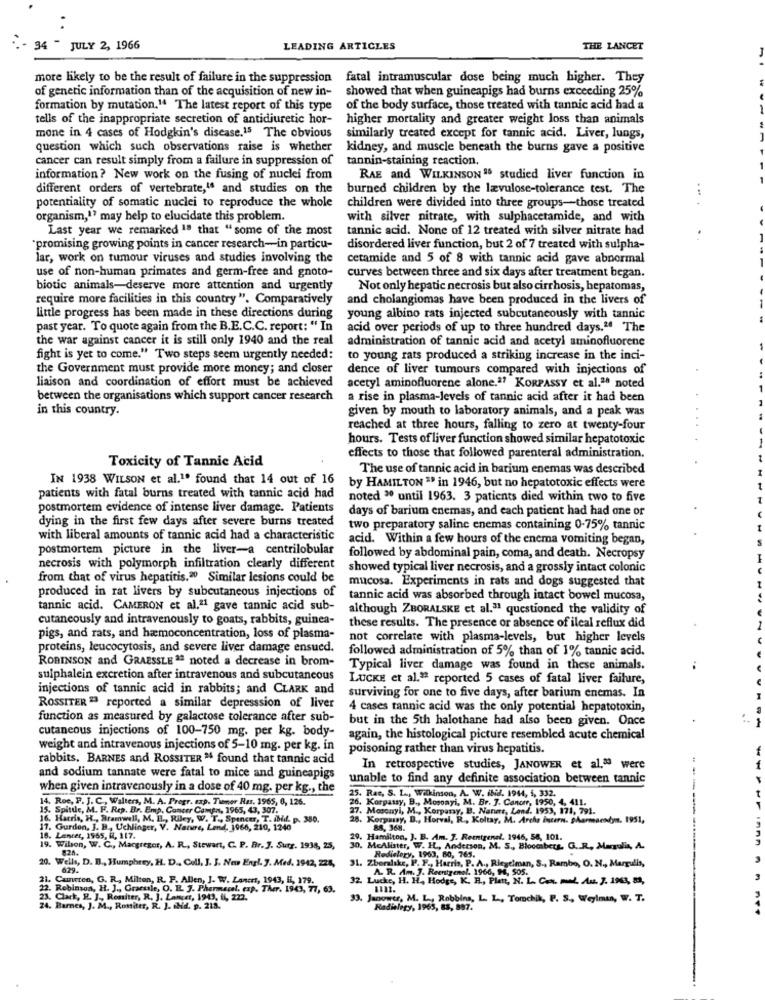
2 - 34 - JULY 2, 1966
LEADING ARTICLES
THE LANCET
more likely to be the result of failure in the suppression fatal intramuscular dose being much higher. They
of genetic information than of the acquisition of new in-
showed that when guineapigs had burns exceeding 25%
formation by mutation." The latest report of this type
of the body surface, those treated with tannic acid had a
tells of the inappropriate secretion of antidiuretic hor-
higher mortality and greater weight loss than animals
mone in 4 cases of Hodgkin's disease.15 The obvious
similarly treated except for tannic acid. Liver, lungs,
question which such observations raise is whether
kidney, and muscle beneath the burns gave a positive
cancer can result simply from a failure in suppression of
tannin-staining reaction.
information ? New work on the fusing of nuclei from
RAE and WILKINSON 15 studied liver function in
different orders of vertebrate,16 and studies on the
burned children by the lævulose-tolerance test. The
....
potentiality of somatic nuclei to reproduce the whole
children were divided into three groups-those treated
organism,'' may help to elucidate this problem.
with silver nitrate, with sulphacetamide, and with
Last year we remarked 1ª that "some of the most
tannic acid. None of 12 treated with silver nitrate had
.
"promising growing points in cancer research-in particu-
disordered liver function, but 2 of 7 treated with sulpha-
lar, work on tumour viruses and studies involving the
cetamide and 5 of 8 with tannic acid gave abnormal
use of non-human primates and germ-free and gnoto-
curves between three and six days after treatment began.
biotic animals-deserve more attention and urgently
Not only hepatic necrosis but also cirrhosis, hepatomas,
require more facilities in this country ". Comparatively
and cholangiomas have been produced in the livers of
little progress has been made in these directions during
young albino rats injected subcutaneously with tannic
past year. To quote again from the B.E.C.C. report: " In
acid over periods of up to three hundred days." The
the war against cancer it is still only 1940 and the real
administration of tannic acid and acetyl aminofluorene
fight is yet to come." Two steps seem urgently needed:
to young rats produced a striking increase in the inci-
the Government must provide more money; and closer
dence of liver tumours compared with injections of
liaison and coordination of effort must be achieved
acetyl aminofluorene alone.ª? KORPASSY et al.20 noted
between the organisations which support cancer research
a rise in plasma-levels of tannic acid after it had been
in this country.
given by mouth to laboratory animals, and a peak was
reached at three hours, falling to zero at twenty-four
hours. Tests of liver function showed similar hepatotoxic
Toxicity of Tannic Acid
effects to those that followed parenteral administration.
The use of tannic acid in barium enemas was described
IN 1938 WILSON et al.1. found that 14 out of 16
by HAMILTON " in 1946, but no hepatotoxic effects were
patients with fatal burns treated with tannic acid had
noted 30 until 1963. 3 patients died within two to five
postmortem evidence of intense liver damage. Patients
days of barium enemas, and each patient had had one or
dying in the first few days after severe burns treated
two preparatory saline enemas containing 0-75% tannic
with liberal amounts of tannic acid had a characteristic
acid. Within a few hours of the enema vomiting began,
postmortem picture in the liver-a centrilobular
followed by abdominal pain, coma, and death. Necropsy
necrosis with polymorph infiltration clearly different
showed typical liver necrosis, and a grossly intact colonic
from that of virus hepatitis.20 Similar lesions could be
produced in rat livers by subcutaneous injections of
mucosa. Experiments in rats and dogs suggested that
tannic acid was absorbed through intact bowel mucosa,
tannic acid. CAMERON et al.21 gave tannic acid sub-
although ZBORALSKE et al." questioned the validity of
cutaneously and intravenously to goats, rabbits, guinea-
these results. The presence or absence of ileal reflux did
pigs, and rats, and hamoconcentration, loss of plasma-
not correlate with plasma-levels, but higher levels
proteins, leucocytosis, and severe liver damage ensued.
followed administration of 5% than of 1% tannic acid.
ROBINSON and GRAESSLE ªª noted a decrease in brom-
Typical liver damage was found in these animals.
sulphalein excretion after intravenous and subcutaneous
LUCKE et al." reported 5 cases of fatal liver failure,
injections of tannic acid in rabbits; and CLARK and
surviving for one to five days, after barium enemas. In
ROSSITER 23 reported a similar depresssion of liver
4 cases tannic acid was the only potential hepatotoxin,
function as measured by galactose tolerance after sub-
but in the 5th halothane had also been given. Once
cutaneous injections of 100-750 mg. per kg. body-
again, the histological picture resembled acute chemical
weight and intravenous injections of 5-10 mg. per kg. in
poisoning rather than virus hepatitis.
rabbits, BARNES and ROSSITER " found that tannic acid
In retrospective studies, JANOWER et al.ª were
and sodium tannate were fatal to mice and guineapigs
unable to find any definite association between tannic
when given intravenously in a dose of 40 mg. per kg ., the
---
14. Roc, P. J. C. Walters, M. A. Pregr. exp. Timmer Ras, 1965, 6, 126.
5. Rac, S. L ... Wilkinson, A. W. ind. 1944, i, 332.
15. Spittle, M. F. Rep. Br. Emp. Cancer Camen, 1965, 43, 307.
27. Mosonyi, M ., Korpany, B. Nannt, Land. 1953, 171, 791.
6. Korpassy, B ., Mosonyi, M. Br. J. Cancer, 1950, 4, 411.
1
16. Harris, H ., Bramwell, M. H ., Riley, W. T ., Spencer, T. ibid. p. 380.
28. Korpasy, D ., Horval, R ., Koltay, M. Arche bstern. Sharmaendym. 1951,
17. Gurdon, J. B ., Uchlinger, V. Nature, Lend, 1966, 210, 1240
16. Lencer, 1965, 8, 117.
29. Hamilton, J. B. Am. J. Reentrenel. 1946, 58, 101.
19. Wilson, W. C ., Macgregor, A. R ., Stewart, C. P. Br. J. Sutr. 1938, 25,
McAlister, W. H ., Anderson, M. S ., Bloccibets. G. R. Marsulis, A.
20. Wells, D. B ., Humphrey, H. D ., Coll, J. J. New Engl. 7. Med. 1942, 224,
31. Zberalike, P. F ., i
edielery. 1963, 60, 765.
629.
Am. J. Reentremal. 1966,
". P. F ., Harris, P. A ., Riegelman, S ., Rambo, O. N ., Margulis,
21. Cuncion, G. R ., Milton, R. F. Allen, J. W. Laners, 1943, li, 179.
32. Lucke, H. H ., Hodge, K. H ., Plett, N. L. Com. PL. Au. 7. 1963, 83,
22. Robinson, H. J ., Gracule, O. B. J. Pharmacel. exp. Ther. 1943, 77, 63.
23. Clark, R. J ., Resiter, R. J. Lancer, 1949, IL 22
33. Janower, M. L ., Robbins, L. L. Tomchik, P. S ., Weylmin, W. T.
24. Barnes, J. M ., Rossiter, R. J. Nid. p. 218.
Radialegy, 1965, 83, 897.